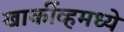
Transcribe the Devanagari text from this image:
खार्कीव्हमध्ये